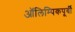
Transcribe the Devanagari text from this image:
ऑलिम्पिकपूर्वी